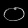
Digit: ၀